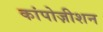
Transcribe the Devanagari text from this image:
कांपोज़ीशन